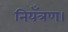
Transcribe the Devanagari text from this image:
नियँत्रण।